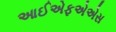
આઈએફએએસ